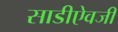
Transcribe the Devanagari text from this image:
साडीऐवजी